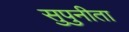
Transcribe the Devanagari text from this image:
सुपुनीता